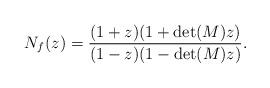
LaTeX: \begin{align*} N_f(z)=\dfrac{(1+z)(1+\det(M)z)} {(1-z)(1-\det(M)z)}. \end{align*}